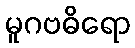
မူဂဗဓိရော